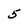
Character: 5